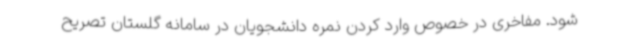
شود. مفاخری در خصوص وارد کردن نمره دانشجویان در سامانه گلستان تصریح